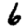
Digit: 6